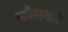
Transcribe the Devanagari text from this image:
कौत्स्की